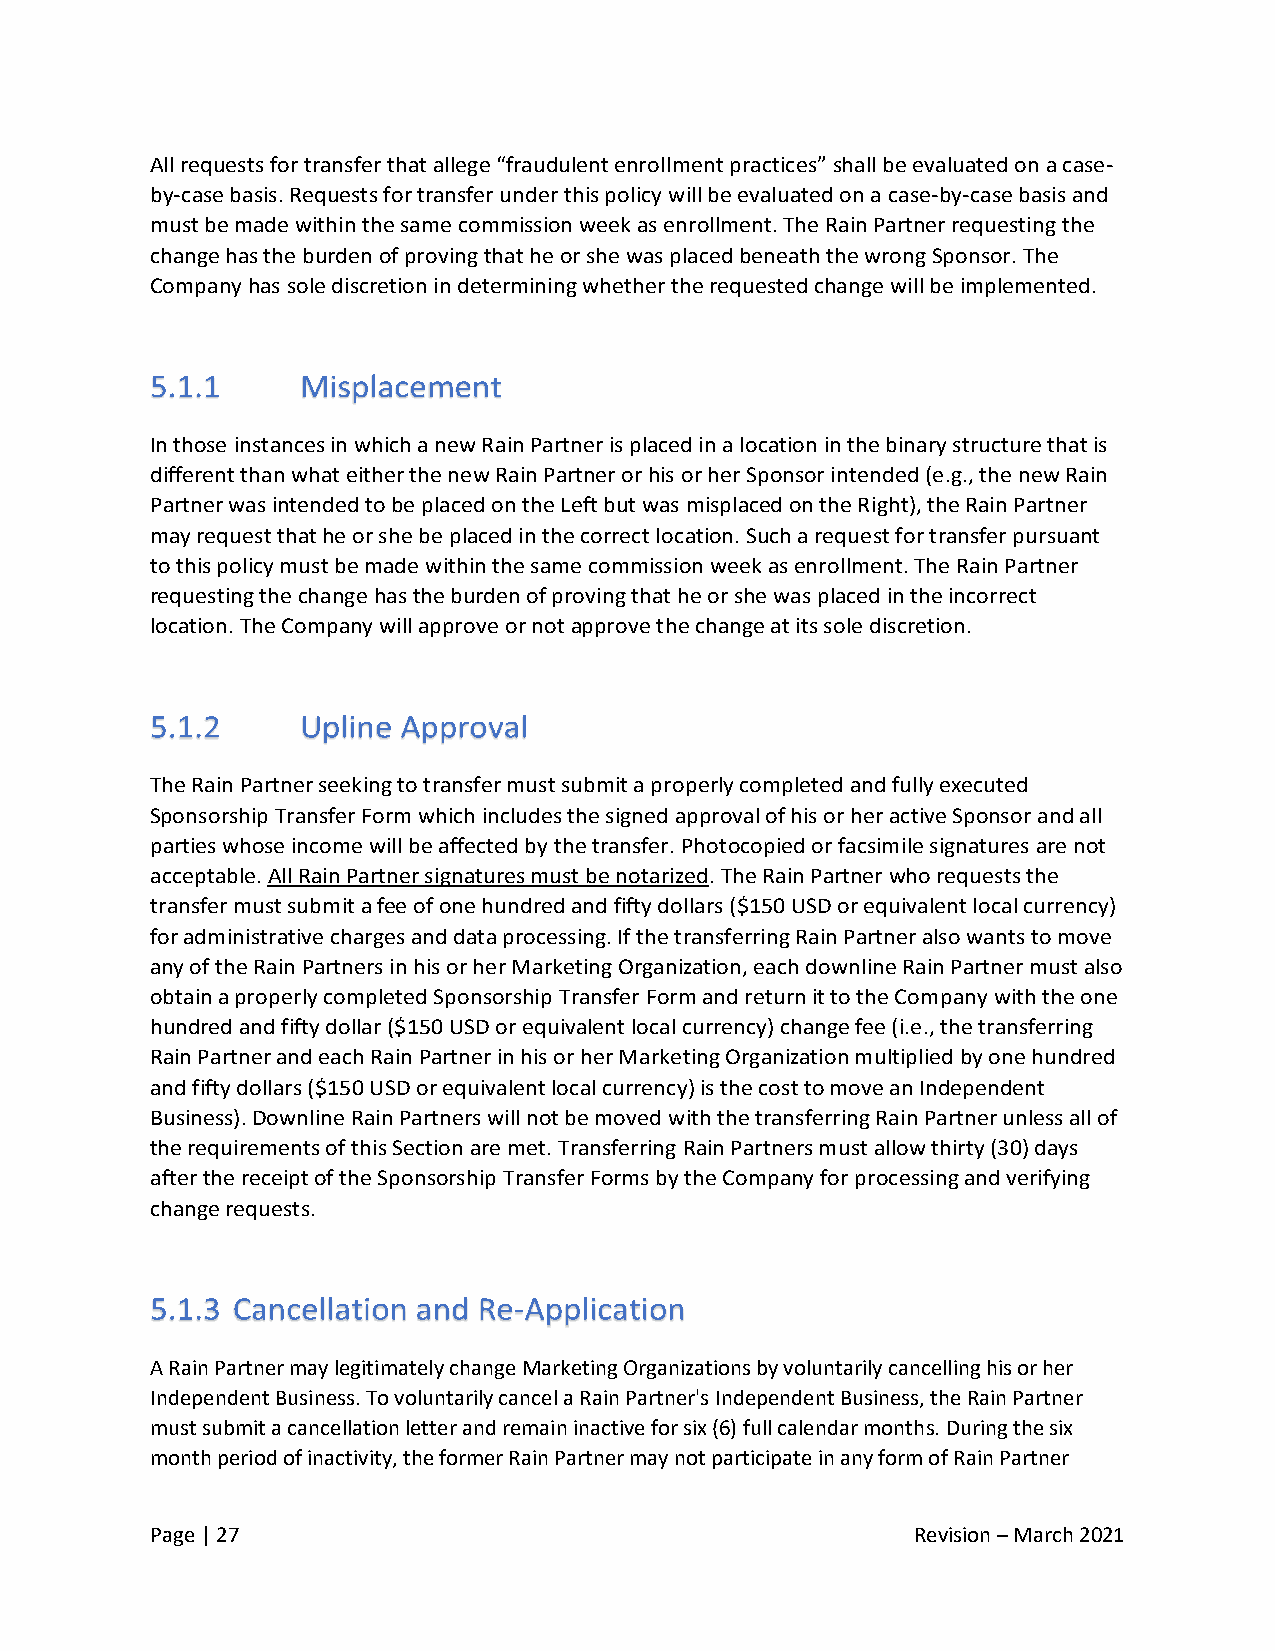
All requests for transfer that allege “fraudulent enrollment practices” shall be evaluated on a case-
 by-case basis. Requests for transfer under this policy will be evaluated on a case-by-case basis and
 must be made within the same commission week as enrollment. The Rain Partner requesting the
 change has the burden of proving that he or she was placed beneath the wrong Sponsor. The
 Company has sole discretion in determining whether the requested change will be implemented.
 In those instances in which a new Rain Partner is placed in a location in the binary structure that is
 different than what either the new Rain Partner or his or her Sponsor intended (e.g., the new Rain
 Partner was intended to be placed on the Left but was misplaced on the Right), the Rain Partner
 may request that he or she be placed in the correct location. Such a request for transfer pursuant
 to this policy must be made within the same commission week as enrollment. The Rain Partner
 requesting the change has the burden of proving that he or she was placed in the incorrect
 location. The Company will approve or not approve the change at its sole discretion.
 The Rain Partner seeking to transfer must submit a properly completed and fully executed
 Sponsorship Transfer Form which includes the signed approval of his or her active Sponsor and all
 parties whose income will be affected by the transfer. Photocopied or facsimile signatures are not
 acceptable. All Rain Partner signatures must be notarized. The Rain Partner who requests the
 transfer must submit a fee of one hundred and fifty dollars ($150 USD or equivalent local currency)
 for administrative charges and data processing. If the transferring Rain Partner also wants to move
 any of the Rain Partners in his or her Marketing Organization, each downline Rain Partner must also
 obtain a properly completed Sponsorship Transfer Form and return it to the Company with the one
 hundred and fifty dollar ($150 USD or equivalent local currency) change fee (i.e., the transferring
 Rain Partner and each Rain Partner in his or her Marketing Organization multiplied by one hundred
 and fifty dollars ($150 USD or equivalent local currency) is the cost to move an Independent
 Business). Downline Rain Partners will not be moved with the transferring Rain Partner unless all of
 the requirements of this Section are met. Transferring Rain Partners must allow thirty (30) days
 after the receipt of the Sponsorship Transfer Forms by the Company for processing and verifying
 change requests.
 A Rain Partner may legitimately change Marketing Organizations by voluntarily cancelling his or her
 Independent Business. To voluntarily cancel a Rain Partner's Independent Business, the Rain Partner
 must submit a cancellation letter and remain inactive for six (6) full calendar months. During the six
 month period of inactivity, the former Rain Partner may not participate in any form of Rain Partner
 Page | 27                                          Revision – March 2021